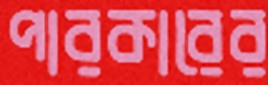
পারকারের